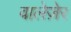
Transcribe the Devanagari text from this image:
वालेज़ेर